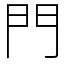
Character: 門